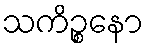
သကိဉ္စနော